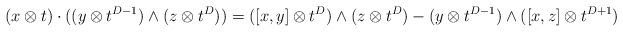
\begin{align*}(x\otimes t) \cdot ((y \otimes t^{D-1}) \wedge (z \otimes t^D)) =([x,y] \otimes t^D) \wedge (z \otimes t^D) - (y \otimes t^{D-1}) \wedge ([x,z] \otimes t^{D+1})\end{align*}